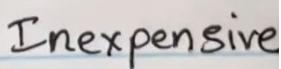
Inexpensive